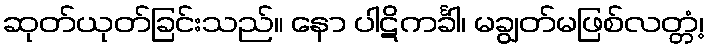
ဆုတ်ယုတ်ခြင်းသည်။ နော ပါဋိကင်္ခါ၊ မချွတ်မဖြစ်လတ္တံ့၊